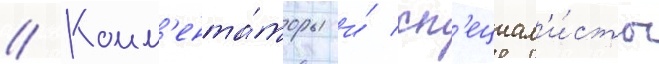
// Комм'ента́торы и́ сп'ециал'и́сты